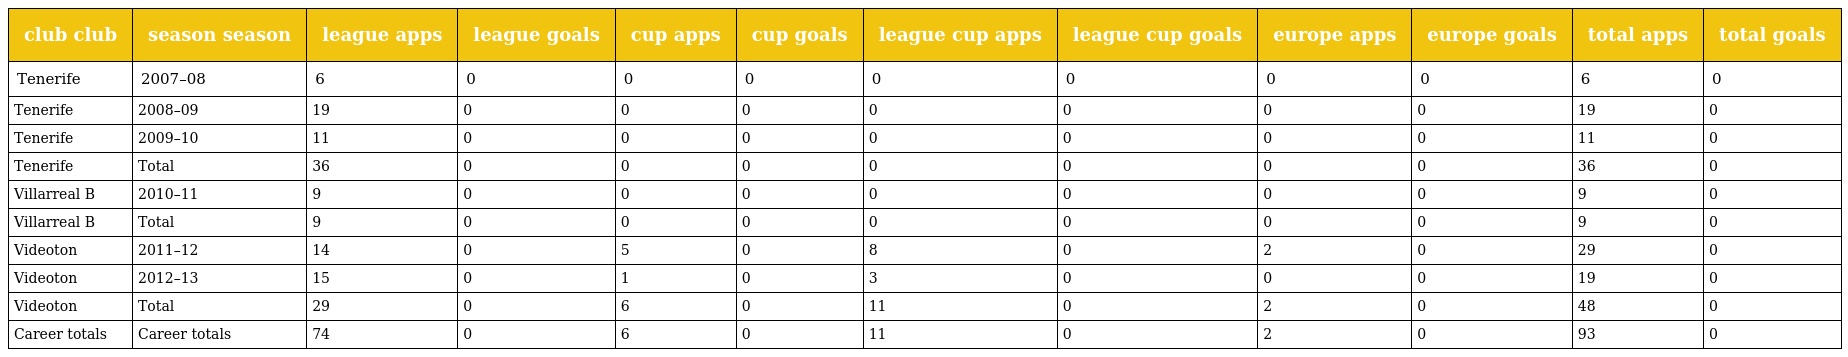
| club club | season season | league apps | league goals | cup apps | cup goals | league cup apps | league cup goals | europe apps | europe goals | total apps | total goals |
 | --- | --- | --- | --- | --- | --- | --- | --- | --- | --- | --- | --- |
 | Tenerife | 2007–08 | 6 | 0 | 0 | 0 | 0 | 0 | 0 | 0 | 6 | 0 |
 | Tenerife | 2008–09 | 19 | 0 | 0 | 0 | 0 | 0 | 0 | 0 | 19 | 0 |
 | Tenerife | 2009–10 | 11 | 0 | 0 | 0 | 0 | 0 | 0 | 0 | 11 | 0 |
 | Tenerife | Total | 36 | 0 | 0 | 0 | 0 | 0 | 0 | 0 | 36 | 0 |
 | Villarreal B | 2010–11 | 9 | 0 | 0 | 0 | 0 | 0 | 0 | 0 | 9 | 0 |
 | Villarreal B | Total | 9 | 0 | 0 | 0 | 0 | 0 | 0 | 0 | 9 | 0 |
 | Videoton | 2011–12 | 14 | 0 | 5 | 0 | 8 | 0 | 2 | 0 | 29 | 0 |
 | Videoton | 2012–13 | 15 | 0 | 1 | 0 | 3 | 0 | 0 | 0 | 19 | 0 |
 | Videoton | Total | 29 | 0 | 6 | 0 | 11 | 0 | 2 | 0 | 48 | 0 |
 | Career totals | Career totals | 74 | 0 | 6 | 0 | 11 | 0 | 2 | 0 | 93 | 0 |